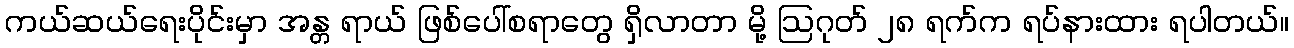
ကယ်ဆယ်ရေးပိုင်းမှာ အန္တ ရာယ် ဖြစ်ပေါ်စရာတွေ ရှိလာတာ မို့ ဩဂုတ် ၂၈ ရက်က ရပ်နားထား ရပါတယ်။